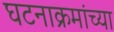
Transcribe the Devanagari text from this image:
घटनाक्रमांच्या